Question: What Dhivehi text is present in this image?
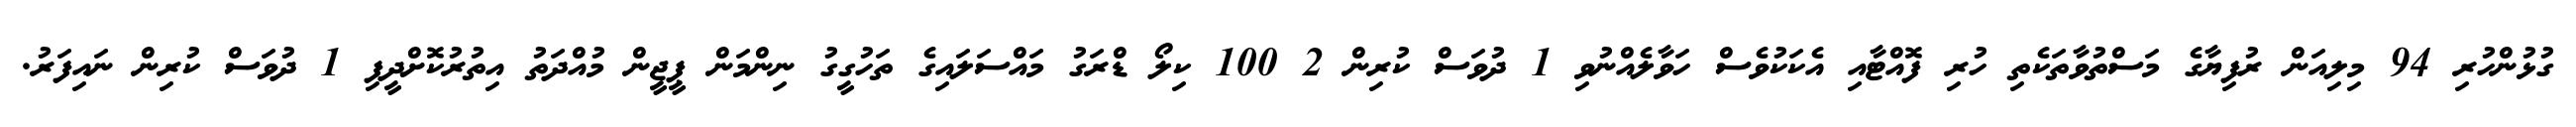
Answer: ގުޅުންހުރި 94 މިލިއަން ރުފިޔާގެ މަސްތުވާތަކެތި ހުރި ފޮއްޓާއި އެކަކުވެސް ހަވާލެއްނުވި 1 ދުވަސް ކުރިން 2 100 ކިލޯ ޑްރަގު މައްސަލައިގެ ތަހުގީގު ނިންމަން ޕީޖީން މުއްދަތު އިތުރުކޮށްދީފި 1 ދުވަސް ކުރިން ނައިފަރު.